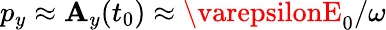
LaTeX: p_{y}\approx\mathbf{A}_{y}(t_{0})\approx\varepsilonE_{0}/\omega